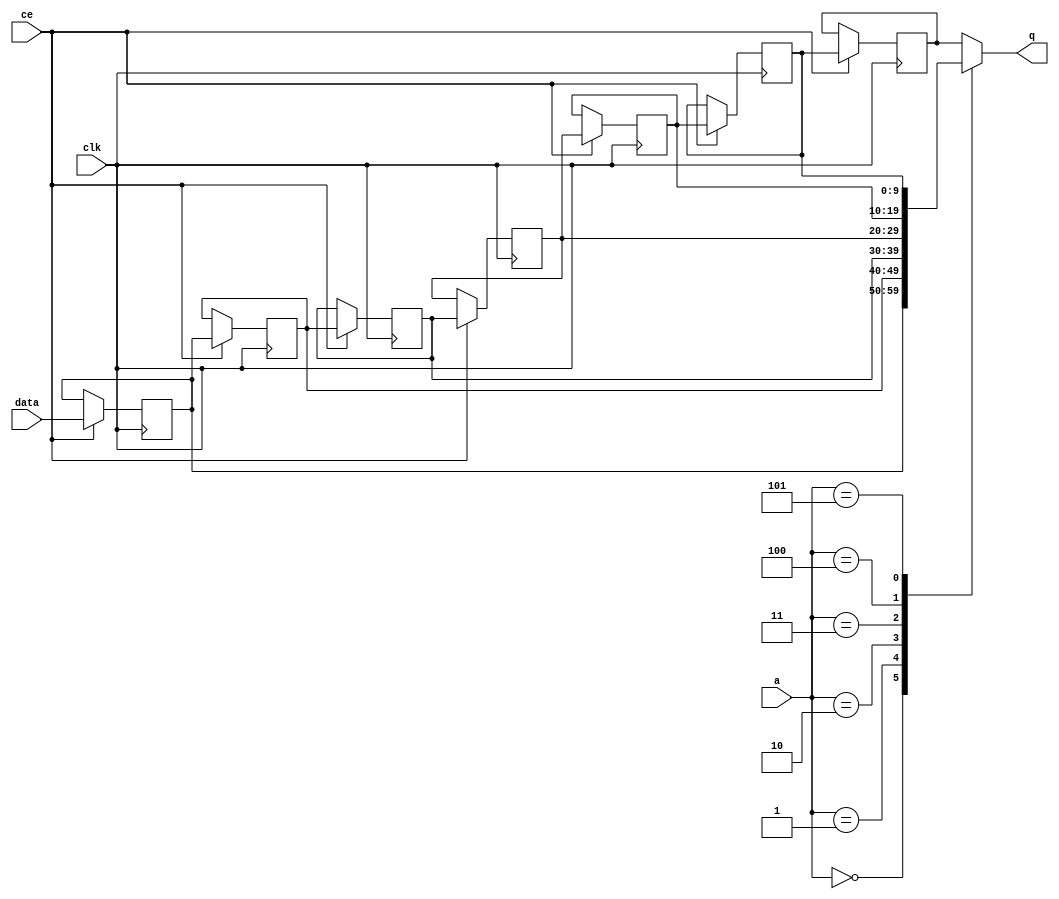
module td_fused_top_fifo_w10_d7_S_shiftReg (
    clk,
    data,
    ce,
    a,
    q);

parameter DATA_WIDTH = 32'd10;
parameter ADDR_WIDTH = 32'd3;
parameter DEPTH = 4'd7;

input clk;
input [DATA_WIDTH-1:0] data;
input ce;
input [ADDR_WIDTH-1:0] a;
output [DATA_WIDTH-1:0] q;

reg[DATA_WIDTH-1:0] sr_0, sr_1, sr_2, sr_3, sr_4, sr_5, sr_6;
integer i;

always @ (posedge clk)
    begin
        if (ce)
        begin
            sr_0 <= data;
            sr_1 <= sr_0;
            sr_2 <= sr_1;
            sr_3 <= sr_2;
            sr_4 <= sr_3;
            sr_5 <= sr_4;
            sr_6 <= sr_5;


        end
    end

always @( sr_0, sr_1, sr_2, sr_3, sr_4, sr_5, sr_6, a) begin
   case (a)
      3'd0: q = sr_0;
      3'd1: q = sr_1;
      3'd2: q = sr_2;
      3'd3: q = sr_3;
      3'd4: q = sr_4;
      3'd5: q = sr_5;
      3'd6: q = sr_6;
      default: q = sr_6;
   endcase
end

endmodule